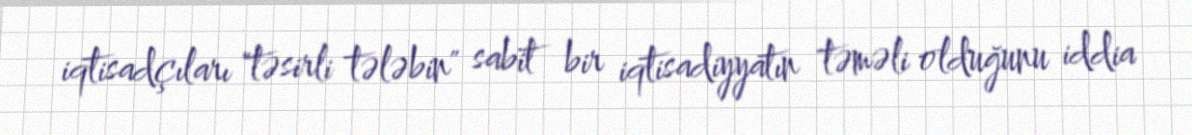
iqtisadçıları "təsirli tələbin" sabit bir iqtisadiyyatın təməli olduğunu iddia